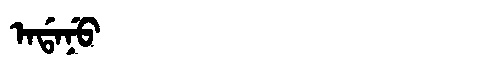
Manchu: ᠠᡩᠠᠨᡠ
Romanization: ADANU